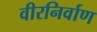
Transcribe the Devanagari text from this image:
वीरनिर्वाण